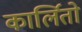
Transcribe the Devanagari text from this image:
कार्लितो